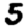
Digit: 5